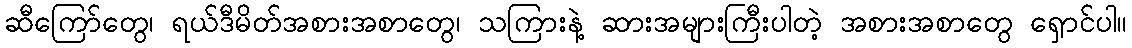
ဆီကြော်တွေ၊ ရယ်ဒီမိတ်အစားအစာတွေ၊ သကြားနဲ့ ဆားအများကြီးပါတဲ့ အစားအစာတွေ ရှောင်ပါ။